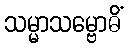
သမ္မာသမ္ဗောဓိံ